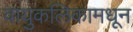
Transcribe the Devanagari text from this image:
वायुकलिकामधून